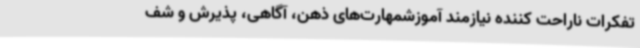
تفکرات ناراحت کننده نیازمند آموزشمهارت‌های ذهن، آگاهی، پذیرش و شف